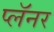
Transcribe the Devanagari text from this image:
प्लॅनर